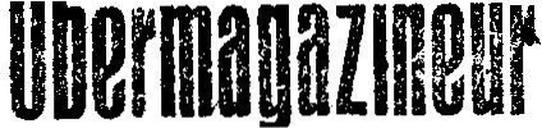
Obermagazineur